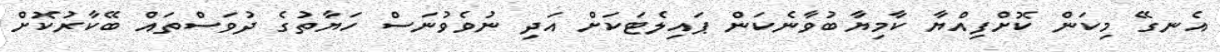
އެނގޭ މިކަން ކޮށްފިއްޔާ ކާމިޔާބުވާނެކަން ޕައިލެޓަކަށް އަދި ނުވެވުނަސް ހަޔާތުގެ ދުވަސްތައް ބޭކާރުކޮށް